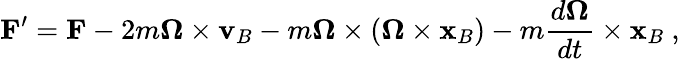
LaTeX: \mathbf{F}^{\prime}=\mathbf{F}-2m\mathbf{\Omega}\times\mathbf{v}_{B}-m\mathbf{\Omega}\times(\mathbf{\Omega}\times\mathbf{x}_{B})-m{\frac{d\mathbf{\Omega}}{dt}}\times\mathbf{x}_{B}\ ,